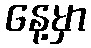
နေ့မှာ